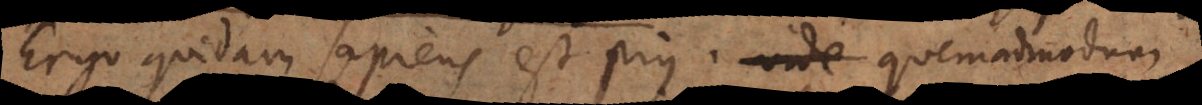
Ergo quidam sapiens est pius, vide quemadmodum